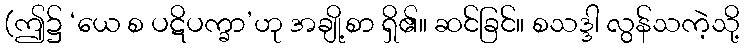
(ဤ၌ ‘ယေ စ ပဋိပက္ခာ’ဟု အချို့စာ ရှိ၏။ ဆင်ခြင်။ စသဒ္ဒါ လွန်သကဲ့သို့